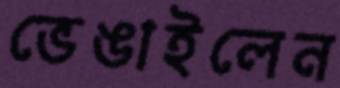
ভেঙাইলেন